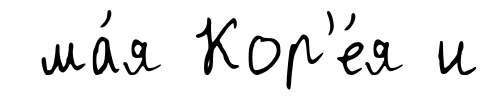
ма́я Кор'е́я и